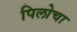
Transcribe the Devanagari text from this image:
पिलोचा